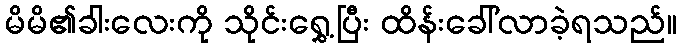
မိမိ၏ခါးလေးကို သိုင်းရွှေ့ပြီး ထိန်းခေါ်လာခဲ့ရသည်။